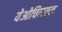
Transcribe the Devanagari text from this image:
येओचिवातल